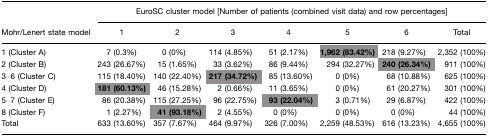
<table><thead><tr><td></td><td colspan="7"><b>EuroSC cluster model [Number of patients (combined visit data) and row percentages]</b></td></tr><tr><td><b>Mohr/Lenert state model</b></td><td><b>1</b></td><td><b>2</b></td><td><b>3</b></td><td><b>4</b></td><td><b>5</b></td><td><b>6</b></td><td><b>Total</b></td></tr></thead><tbody><tr><td>1 (Cluster A)</td><td>7 (0.3%)</td><td>0 (0%)</td><td>114 (4.85%)</td><td>51 (2.17%)</td><td><b>1,962 (83.42%)</b></td><td>218 (9.27%)</td><td>2,352 (100%)</td></tr><tr><td>2 (Cluster B)</td><td>243 (26.67%)</td><td>15 (1.65%)</td><td>33 (3.62%)</td><td>86 (9.44%)</td><td>294 (32.27%)</td><td><b>240 (26.34%)</b></td><td>911 (100%)</td></tr><tr><td>3–6 (Cluster C)</td><td>115 (18.40%)</td><td>140 (22.40%)</td><td><b>217 (34.72%)</b></td><td>85 (13.60%)</td><td>0 (0%)</td><td>68 (10.88%)</td><td>625 (100%)</td></tr><tr><td>4 (Cluster D)</td><td><b>181 (60.13%)</b></td><td>46 (15.28%)</td><td>2 (0.66%)</td><td>11 (3.65%)</td><td>0 (0%)</td><td>61 (20.27%)</td><td>301 (100%)</td></tr><tr><td>5–7 (Cluster E)</td><td>86 (20.38%)</td><td>115 (27.25%)</td><td>96 (22.75%)</td><td><b>93 (22.04%)</b></td><td>3 (0.71%)</td><td>29 (6.87%)</td><td>422 (100%)</td></tr><tr><td>8 (Cluster F)</td><td>1 (2.27%)</td><td><b>41 (93.18%)</b></td><td>2 (4.55%)</td><td>0 (0%)</td><td>0 (0%)</td><td>0 (0%)</td><td>44 (100%)</td></tr><tr><td>Total</td><td>633 (13.60%)</td><td>357 (7.67%)</td><td>464 (9.97%)</td><td>326 (7.00%)</td><td>2,259 (48.53%)</td><td>616 (13.23%)</td><td>4,655 (100%)</td></tr></tbody></table>